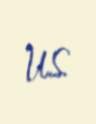
U.S.